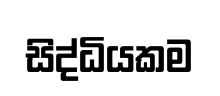
සිද්ධියකම